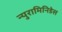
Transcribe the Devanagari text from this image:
न्युरामिनिडेस